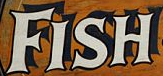
FISH